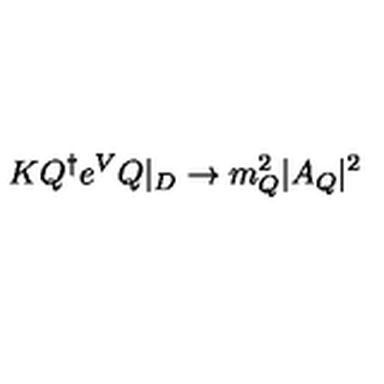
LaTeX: K Q ^ { \dagger } e ^ { V } Q | _ { D } \rightarrow m _ { Q } ^ { 2 } | A _ { Q } | ^ { 2 }